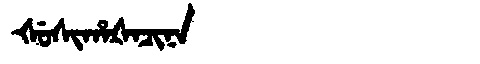
Manchu: ᡧᡠᠰᡳᡥᠠᡧᠠᠴᡳᠨᠠ
Romanization: ŠUSIHAŠACINA